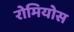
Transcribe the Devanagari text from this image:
रोमियोस